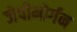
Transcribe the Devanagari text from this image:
जेपीमोर्गन